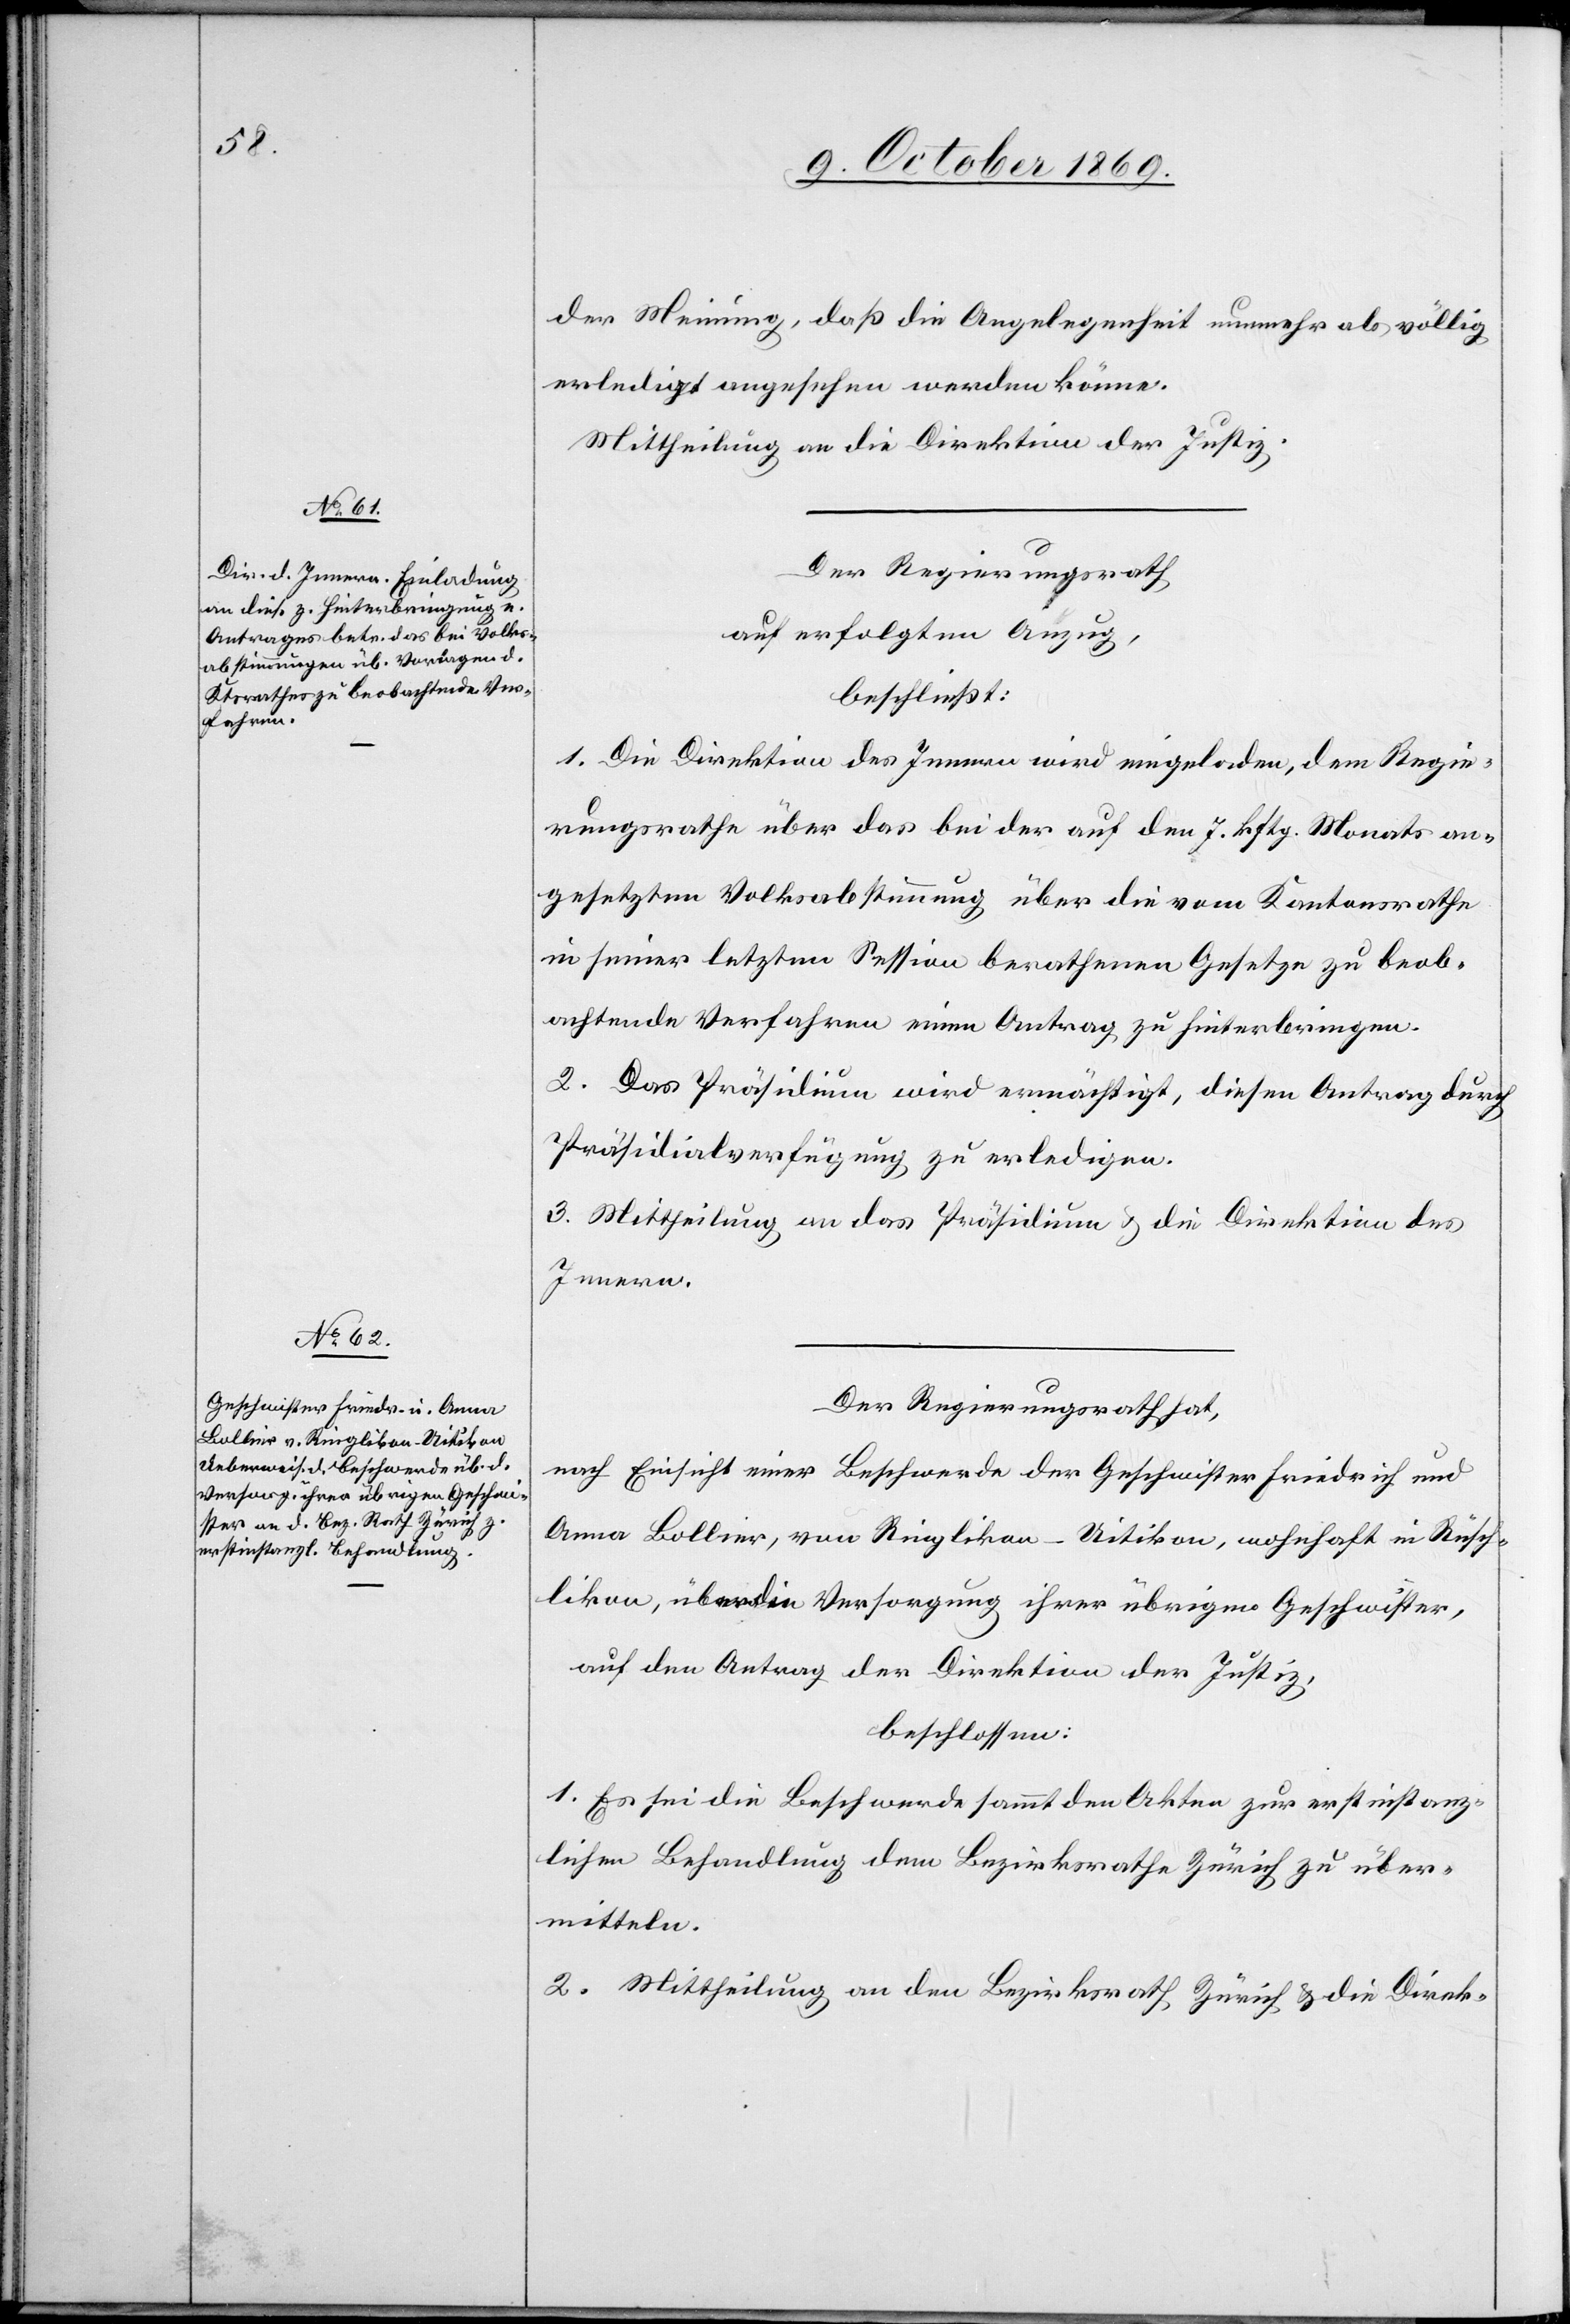
der Meinung, daß die Angelegenheit nunmehr als völlig
erledigt angesehen werden könne.
Mittheilung an die Direktion der Justiz.
Der Regierungsrath
auf erfolgten Anzug,
beschließt:
1. Die Direktion des Innern wird eingeladen, dem Regie¬
rungsrathe über das bei der auf den 7. kftg. Monats an¬
gesetzten Volksabstimmung über die vom Kantonsrathe
in seiner letzten Session berathenen Gesetze zu beob¬
achtende Verfahren einen Antrag zu hinterbringen.
2. Das Präsidium wird ermächtigt, diesen Antrag durch
Präsidialverfügung zu erledigen.
3. Mittheilung an das Präsidium & die Direktion des
Innern.
Der Regierungsrath hat,
nach Einsicht einer Beschwerde der Geschwister Friedrich und
Anna Bollier, von Ringlikon - Uitikon, wohnhaft in Rüsch¬
likon, über die Versorgung ihrer übrigen Geschwister,
auf den Antrag der Direktion der Justiz,
beschlossen:
1. Es sei die Beschwerde sammt den Akten zur erstinstanz¬
lichen Behandlung dem Bezirksrathe Zürich zu über¬
mitteln.
2. Mittheilung an den Bezirksrath Zürich & die Direk-